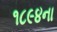
૧૮૯૪ના